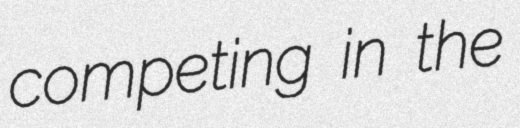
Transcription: competing in the